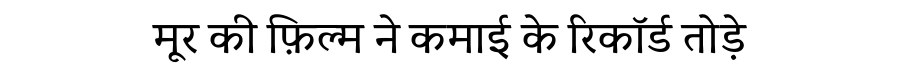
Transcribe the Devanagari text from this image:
मूर की फ़िल्म ने कमाई के रिकॉर्ड तोड़े